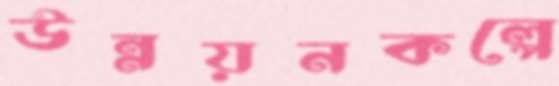
উন্নয়নকল্পে